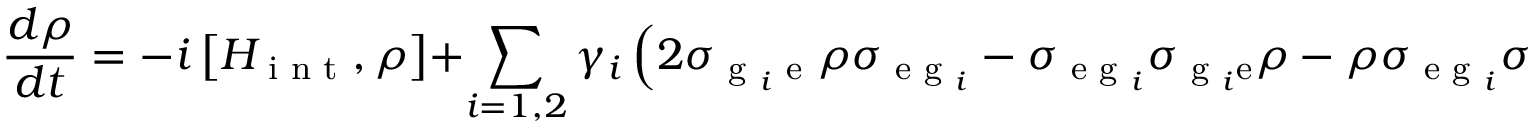
\frac { d \rho } { d t } = - i \left[ H _ { \textrm { i n t } } , \rho \right] + \sum _ { i = 1 , 2 } { \gamma _ { i } \left( 2 \sigma _ { \textrm { g } _ { i } \textrm { e } } \rho \sigma _ { \textrm { e g } _ { i } } - \sigma _ { \textrm { e g } _ { i } } \sigma _ { \textrm { g } _ { i } \mathrm { { e } } } \rho - \rho \sigma _ { \textrm { e g } _ { i } } \sigma _ { \textrm { g } _ { i } \textrm { e } } \right) } + \kappa \left( 2 a \rho a ^ { \dagger } - a ^ { \dagger } a \rho - \rho a ^ { \dagger } a \right) .